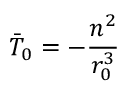
\Bar { T } _ { 0 } = - \frac { n ^ { 2 } } { r _ { 0 } ^ { 3 } }